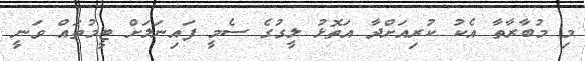
މި މުބާރާތާ އެކު ކުރިއަށްދާ އަތޮޅު ލީގުގެ ސެމީ ފައިނަލަށް ޓީމުތައް ވަނީ